Plague in India, 1896, 1897 - Volume 1
Year: 1896
Disease focus: Plague
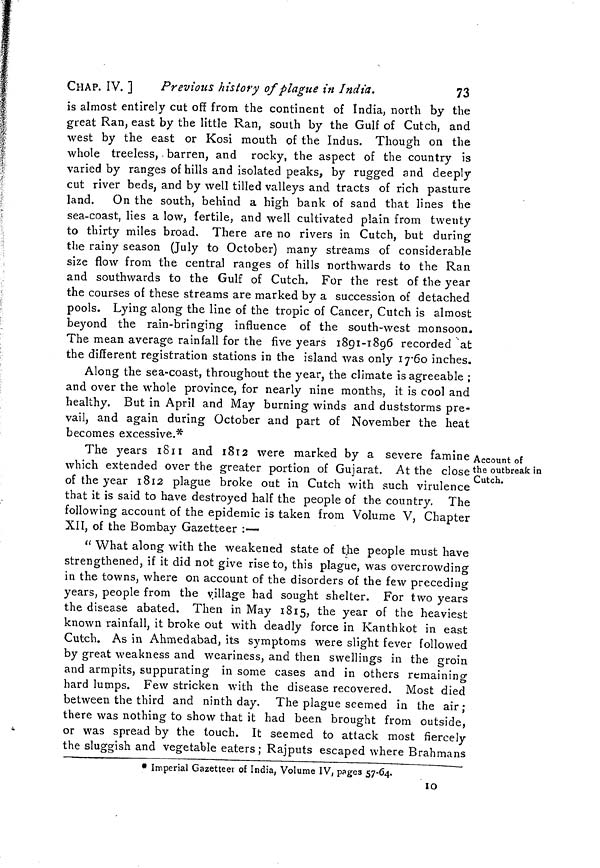
CHAP. IV. ]
Previous history of plague in India.
73
is almost entirely cut off from the continent of India, north by the
great Ran, east by the little Ran, south by the Gulf of Cutch, and
west by the east or Kosi mouth of the Indus. Though on the
whole treeless, . barren, and rocky, the aspect of the country is
varied by ranges of hills and isolated peaks, by rugged and deeply
cut river beds, and by well tilled valleys and tracts of rich pasture
land. On the south, behind a high bank of sand that lines the
sea-coast, lies a low, fertile, and well cultivated plain from twenty
to thirty miles broad. There are no rivers in Cutch, but during
the rainy season (July to October) many streams of considerable
size flow from the central ranges of hills northwards to the Ran
and southwards to the Gulf of Cutch. For the rest of the year
the courses of these streams are marked by a succession of detached
pools. Lying along the line of the tropic of Cancer, Cutch is almost
beyond the rain-bringing influence of the south-west monsoon.
The mean average rainfall for the five years 1891-1896 recorded at
the different registration stations in the island was only 1760 inches.
Along the sea-coast, throughout the year, the climate is agreeable ;
and over the whole province, for nearly nine months, it is cool and
healthy. But in April and May burning winds and duststorms pre-
vail, and again during October and part of November the heat
becomes excessive.*
Account of
the outbreak in
Cutch.
The years 1811 and 1812 were marked by a severe famine
which extended over the greater portion of Gujarat. At the close
of the year 1812 plague broke out in Cutch with such virulence
that it is said to have destroyed half the people of the country. The
following account of the epidemic is taken from Volume V, Chapter
XII, of the Bombay Gazetteer :—
" What along with the weakened state of the people must have
strengthened, if it did not give rise to, this plague, was overcrowding
in the towns, where on account of the disorders of the few preceding
years, people from the village had sought shelter. For two years
the disease abated. Then in May 1815, the year of the heaviest
known rainfall, it broke out with deadly force in Kanthkot in east
Cutch. As in Ahmed abad, its symptoms were slight fever followed
by great weakness and weariness, and then swellings in the groin
and armpits, suppurating in some cases and in others remaining
hard lumps. Few stricken with the disease recovered. Most died
between the third and ninth day. The plague seemed in the air ;
there was nothing to show that it had been brought from outside,
or was spread by the touch. It seemed to attack most fiercely
the sluggish and vegetable eaters ; Rajputs escaped where Brahmans
* Imperial Gazetteer of India, Volume IV, pages 57-64.
10